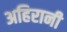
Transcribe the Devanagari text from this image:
अहिरानी